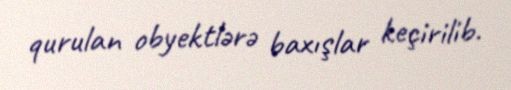
qurulan obyektlərə baxışlar keçirilib.